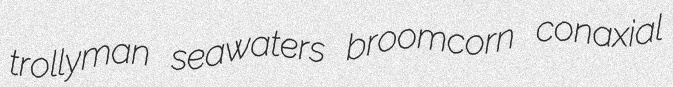
trollyman seawaters broomcorn conaxial